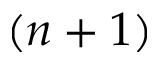
( n + 1 )